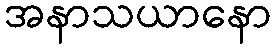
အနာသယာနော